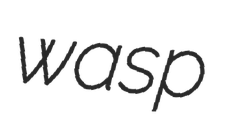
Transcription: wasp